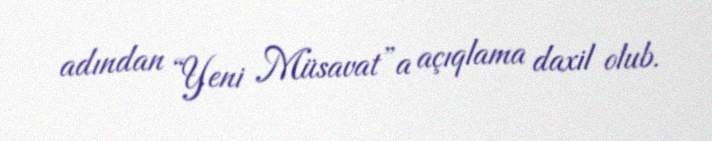
adından “Yeni Müsavat”a açıqlama daxil olub.